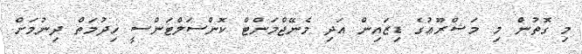
މި ގޮތުން މި މަޝްރޫޢުގެ ޑިޒައިން އަދި މެނޭޖްމަންޓް ކޮންސަލްޓަންސީ ޚިދުމަތް ދިނުމަށް